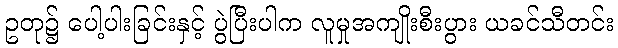
ဥတု၌ ပေါ့ပါးခြင်းနှင့် ပွဲပြီးပါက လူမှုအကျိုးစီးပွား ယခင်သီတင်း